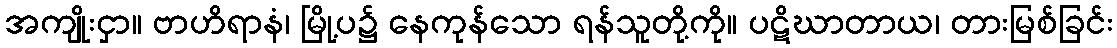
အကျိုးငှာ။ ဗာဟိရာနံ၊ မြို့ပ၌ နေကုန်သော ရန်သူတို့ကို။ ပဋိဃာတာယ၊ တားမြစ်ခြင်း